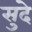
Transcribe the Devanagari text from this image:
सुदे